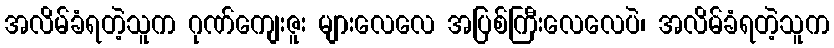
အလိမ်ခံရတဲ့သူက ဂုဏ်ကျေးဇူး များလေလေ အပြစ်ကြီးလေလေပဲ၊ အလိမ်ခံရတဲ့သူက